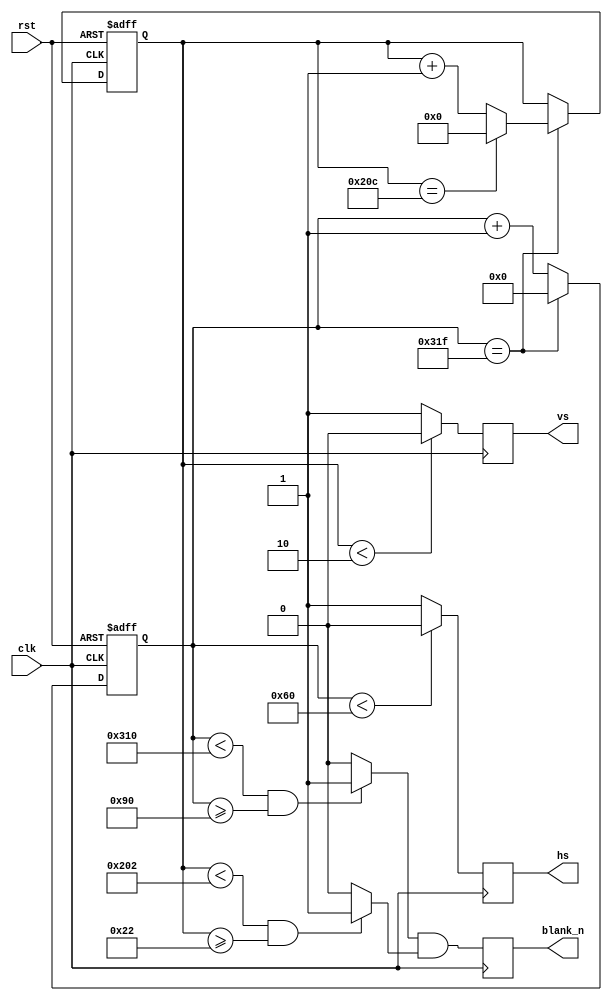
module vsg
(
	input wire rst,
	input wire clk,
	output reg blank_n,
	output reg hs,
	output reg vs
);
	// 640x480 visible resolution
	parameter hori_line    = 800;                           
	parameter hori_back    = 144;
	parameter hori_front   = 16;
	parameter vert_line    = 525;
	parameter vert_back    = 34;
	parameter vert_front   = 11;
	parameter H_sync_cycle = 96;
	parameter V_sync_cycle = 2;

	reg  [10:0] h_cnt;
	reg  [9:0]  v_cnt;
	wire        c_hd, c_vd, c_blank_n;
	wire        h_valid, v_valid;

	always @ (negedge clk, posedge rst) begin
		if (rst) begin
			h_cnt <= 0;
			v_cnt <= 0;
		end
		else begin
			if (h_cnt == hori_line - 1) begin 
				h_cnt <= 0;
				if (v_cnt == vert_line - 1)
					v_cnt <= 0;
				else
					v_cnt <= v_cnt + 1;
			end
			else
				h_cnt <= h_cnt + 1;
		end
	end

	assign c_hd = (h_cnt < H_sync_cycle) ? 0 : 1;
	assign c_vd = (v_cnt < V_sync_cycle) ? 0 : 1;

	assign h_valid = (h_cnt < (hori_line-hori_front) && h_cnt >= hori_back) ? 1 : 0;
	assign v_valid = (v_cnt < (vert_line-vert_front) && v_cnt >= vert_back) ? 1 : 0;

	assign c_blank_n = h_valid && v_valid;

	always @ (negedge clk) begin
		hs <= c_hd;
		vs <= c_vd;
		blank_n <= c_blank_n;
	end

endmodule